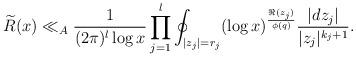
LaTeX: \begin{align*}\widetilde{R}(x)\ll_A \frac{1}{(2\pi)^l \log x}\prod_{j=1}^l \oint_{|z_j|=r_j} (\log x)^{\frac{\Re(z_j)}{\phi(q)}} \frac{|dz_j|}{|z_j|^{k_j+1}}.\end{align*}